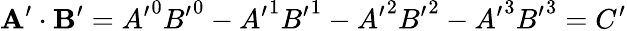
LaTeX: \mathbf{A}^{\prime}\cdot\mathbf{B}^{\prime}={A^{\prime}}^{0}{B^{\prime}}^{0}-{A^{\prime}}^{1}{B^{\prime}}^{1}-{A^{\prime}}^{2}{B^{\prime}}^{2}-{A^{\prime}}^{3}{B^{\prime}}^{3}=C^{\prime}